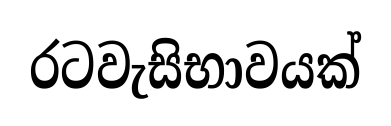
රටවැසිභාවයක්